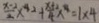
\frac { x - 2 } { 4 } x ^ { 4 } + \frac { x + 2 } { 4 } x ^ { 4 } = 1 \times 4